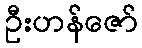
ဦးဟန်ဇော်